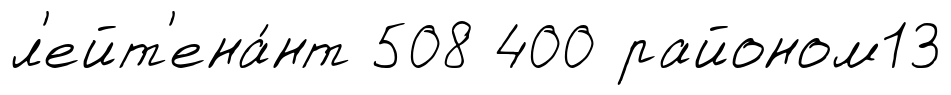
л'ейт'ена́нт 508 400 районом13